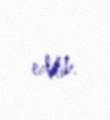
edilib.